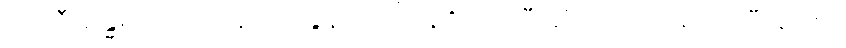
ပထဝီသန္ဓရကပြဿနာမေးခွန်းသည်။ နိဋ္ဌိတာ၊ ပြီးဆုံးခြင်းသို့ရောက်ပြီ။ ရာဇာ၊